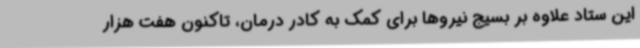
این ستاد علاوه بر بسیج نیروها برای کمک به کادر درمان، تاکنون هفت هزار